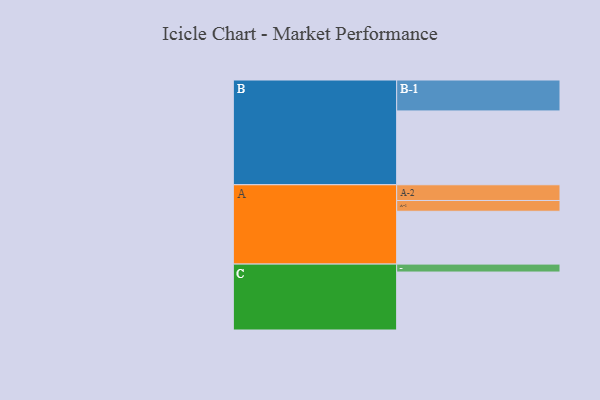
{"axis": {"x": "Segment", "y": "Value"}, "legend": ["", "A", "B", "C"], "data": [{"x": "A", "y": 393, "type": ""}, {"x": "B", "y": 549, "type": ""}, {"x": "C", "y": 431, "type": ""}, {"x": "A-1", "y": 80, "type": "A"}, {"x": "A-2", "y": 117, "type": "A"}, {"x": "B-1", "y": 230, "type": "B"}, {"x": "C-1", "y": 59, "type": "C"}]}